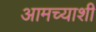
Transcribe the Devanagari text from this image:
आमच्याशी